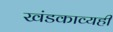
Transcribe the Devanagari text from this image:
खंडकाव्यही